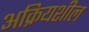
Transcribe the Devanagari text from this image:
अक्रियशील